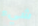
شيء